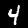
Digit: 4